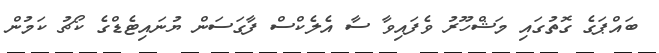
ބައްޕަގެ ގޮތުގައި މަޝްހޫރު ވެފައިވާ ސާ އެލެކްސް ފާގަސަން ޔުނައިޓެޑްގެ ކޯޗު ކަމުން